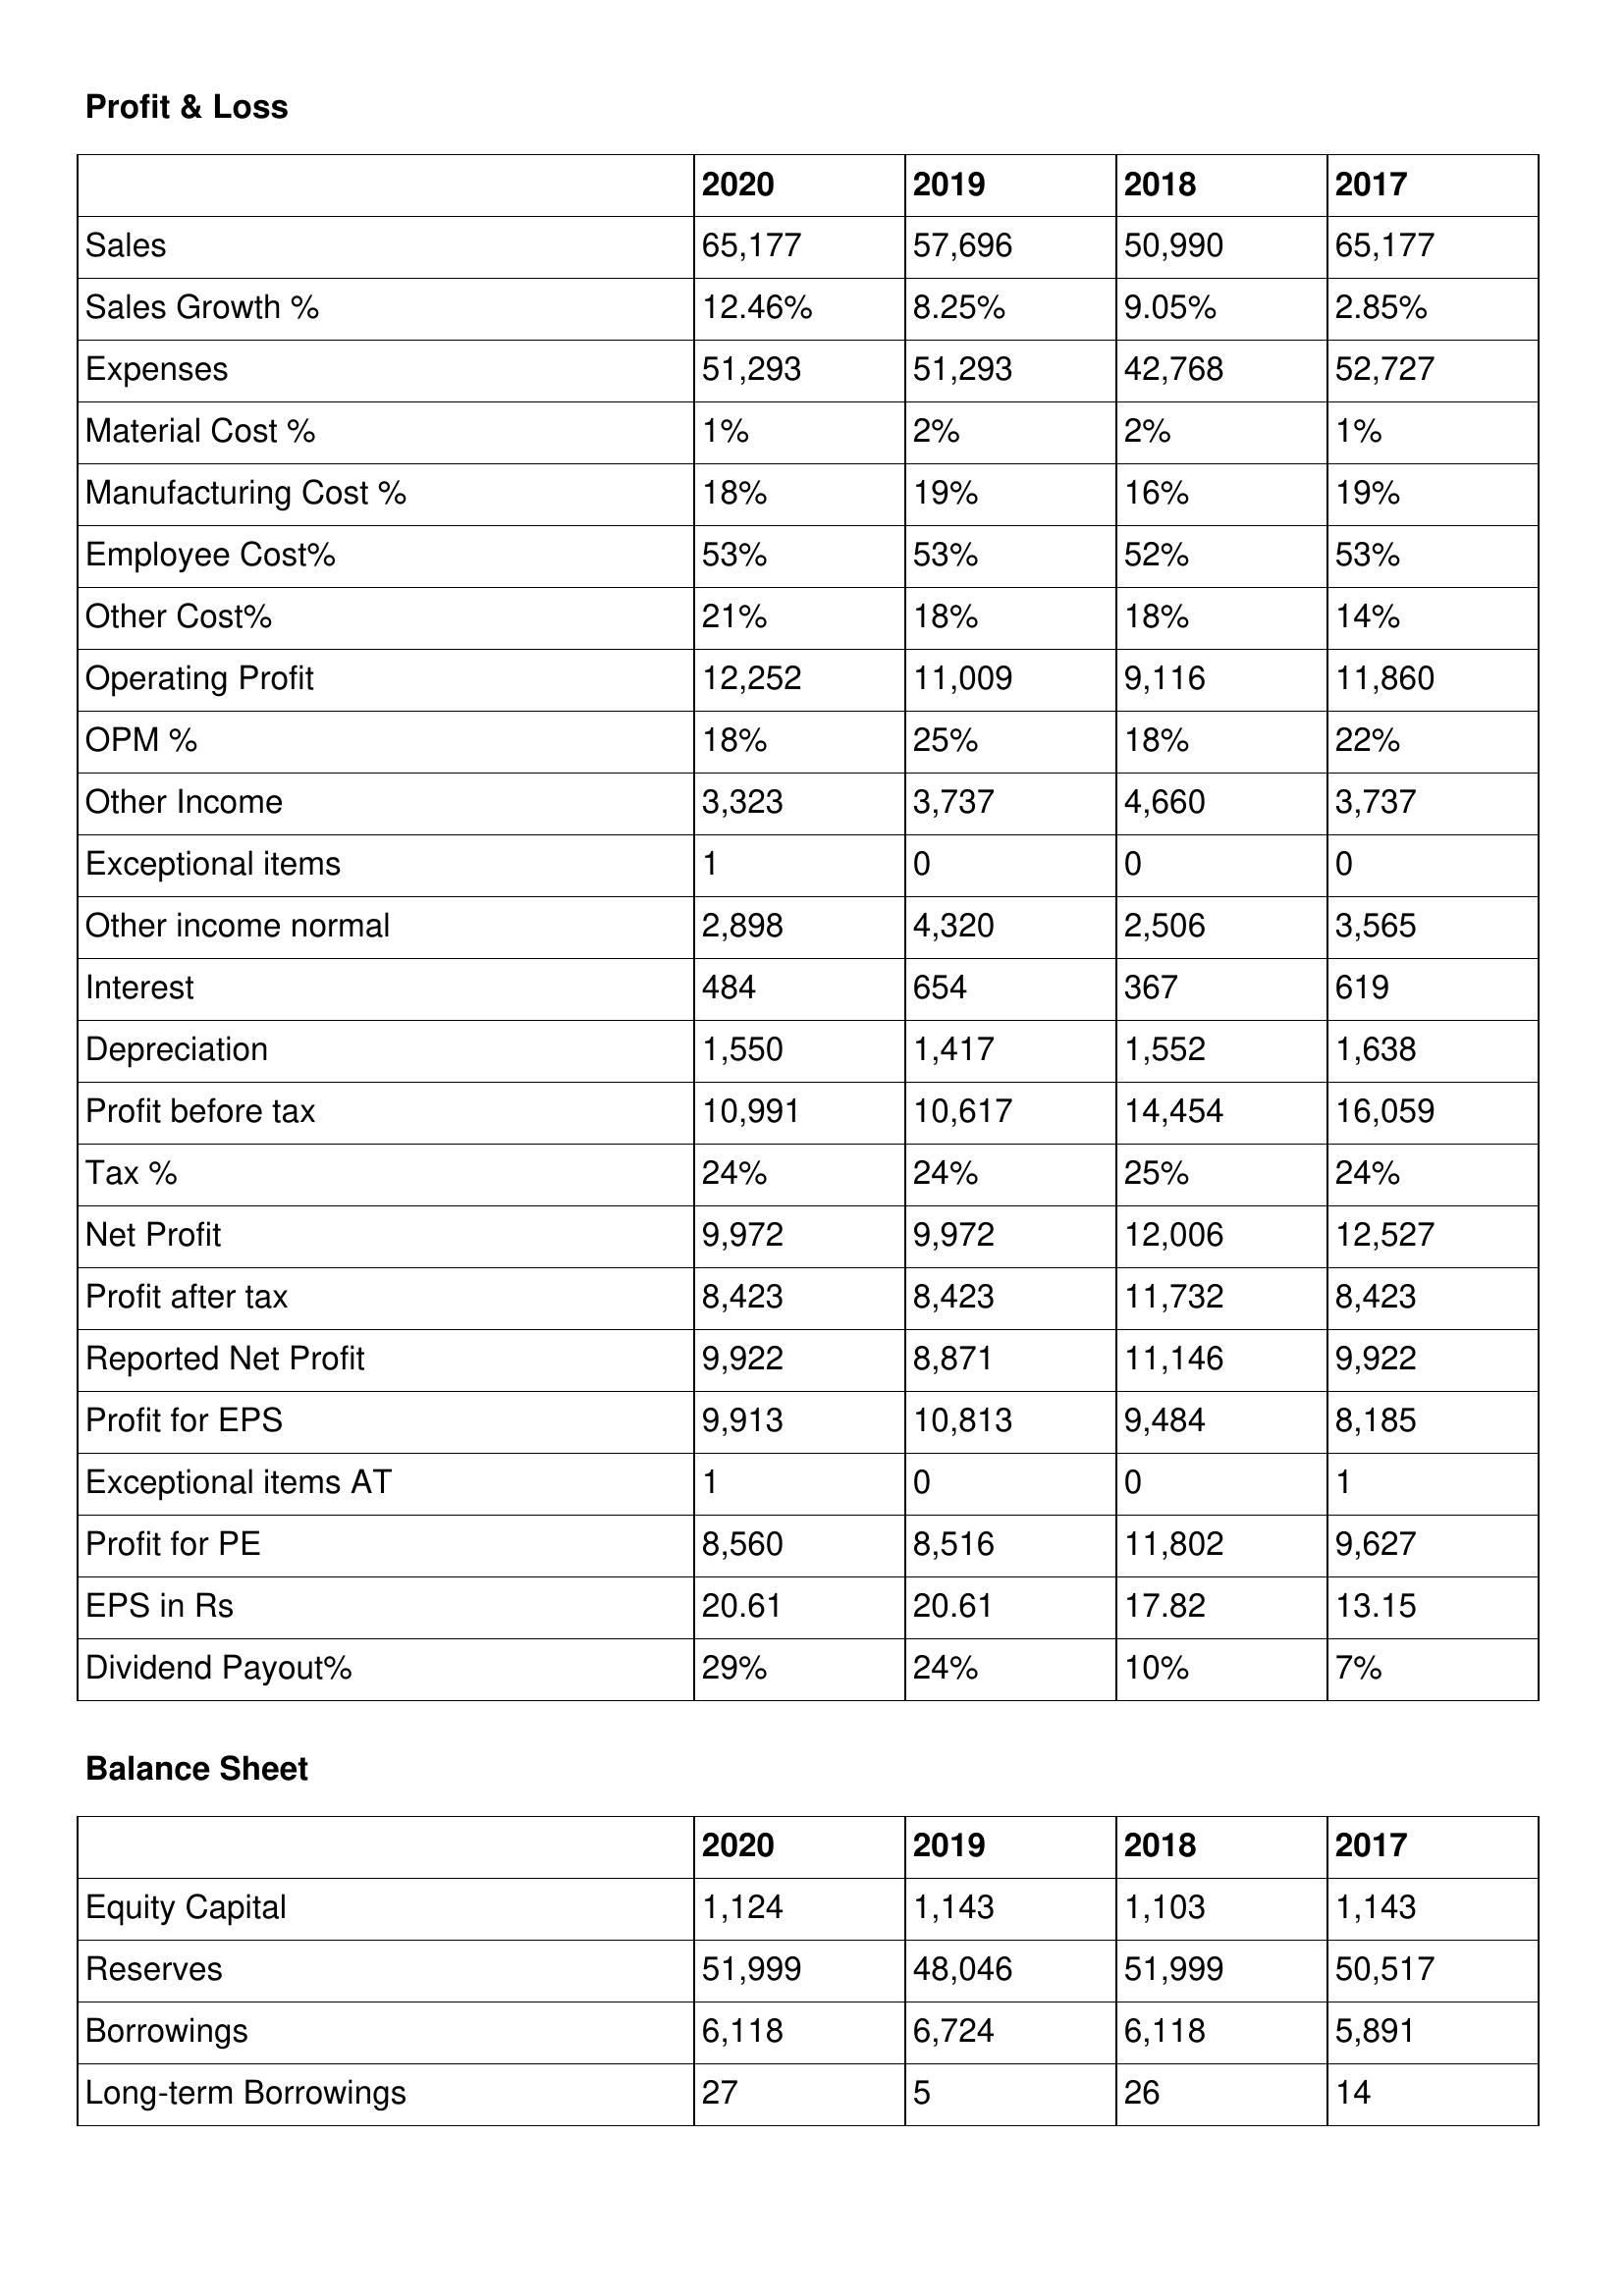
gt_parse: 2020: Profit & Loss: Sales: 65,177
Sales Growth %: 12.46%
Expenses: 51,293
Material Cost %: 1%
Manufacturing Cost %: 18%
Employee Cost%: 53%
Other Cost%: 21%
Operating Profit: 12,252
OPM %: 18%
Other Income: 3,323
Exceptional items: 1
Other income normal: 2,898
Interest: 484
Depreciation: 1,550
Profit before tax: 10,991
Tax %: 24%
Net Profit: 9,972
Profit after tax: 8,423
Reported Net Profit: 9,922
Profit for EPS: 9,913
Exceptional items AT: 1
Profit for PE: 8,560
EPS in Rs: 20.61
Dividend Payout%: 29%
Balance Sheet: Equity Capital: 1,124
Reserves: 51,999
Borrowings: 6,118
Long-term Borrowings: 27
2019: Profit & Loss: Sales: 57,696
Sales Growth %: 8.25%
Expenses: 51,293
Material Cost %: 2%
Manufacturing Cost %: 19%
Employee Cost%: 53%
Other Cost%: 18%
Operating Profit: 11,009
OPM %: 25%
Other Income: 3,737
Exceptional items: 0
Other income normal: 4,320
Interest: 654
Depreciation: 1,417
Profit before tax: 10,617
Tax %: 24%
Net Profit: 9,972
Profit after tax: 8,423
Reported Net Profit: 8,871
Profit for EPS: 10,813
Exceptional items AT: 0
Profit for PE: 8,516
EPS in Rs: 20.61
Dividend Payout%: 24%
Balance Sheet: Equity Capital: 1,143
Reserves: 48,046
Borrowings: 6,724
Long-term Borrowings: 5
2018: Profit & Loss: Sales: 50,990
Sales Growth %: 9.05%
Expenses: 42,768
Material Cost %: 2%
Manufacturing Cost %: 16%
Employee Cost%: 52%
Other Cost%: 18%
Operating Profit: 9,116
OPM %: 18%
Other Income: 4,660
Exceptional items: 0
Other income normal: 2,506
Interest: 367
Depreciation: 1,552
Profit before tax: 14,454
Tax %: 25%
Net Profit: 12,006
Profit after tax: 11,732
Reported Net Profit: 11,146
Profit for EPS: 9,484
Exceptional items AT: 0
Profit for PE: 11,802
EPS in Rs: 17.82
Dividend Payout%: 10%
Balance Sheet: Equity Capital: 1,103
Reserves: 51,999
Borrowings: 6,118
Long-term Borrowings: 26
2017: Profit & Loss: Sales: 65,177
Sales Growth %: 2.85%
Expenses: 52,727
Material Cost %: 1%
Manufacturing Cost %: 19%
Employee Cost%: 53%
Other Cost%: 14%
Operating Profit: 11,860
OPM %: 22%
Other Income: 3,737
Exceptional items: 0
Other income normal: 3,565
Interest: 619
Depreciation: 1,638
Profit before tax: 16,059
Tax %: 24%
Net Profit: 12,527
Profit after tax: 8,423
Reported Net Profit: 9,922
Profit for EPS: 8,185
Exceptional items AT: 1
Profit for PE: 9,627
EPS in Rs: 13.15
Dividend Payout%: 7%
Balance Sheet: Equity Capital: 1,143
Reserves: 50,517
Borrowings: 5,891
Long-term Borrowings: 14